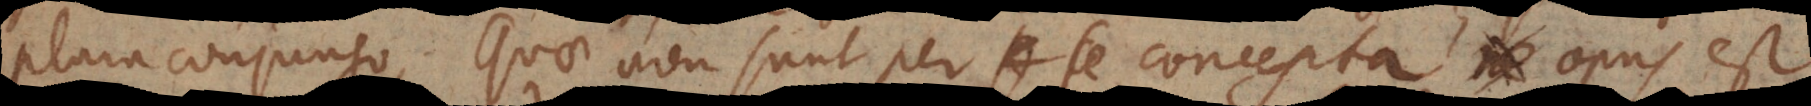
plura conjungo, quae non sunt per se concepta, opus est